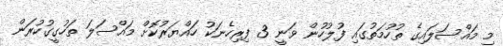
މި މައްސަލައިގެ ތުހުމަތުގައި ފުލުހުން ވަނީ 3 ފިރިހެނަކު ހައްޔަރުކޮށް މައްސަލަ ތަހުގީގުކުރަން